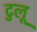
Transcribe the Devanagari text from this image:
टुलू